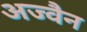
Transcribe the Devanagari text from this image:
अज्वैन